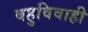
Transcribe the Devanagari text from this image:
बहुविवाही